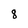
Character: 8